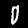
Label: 0